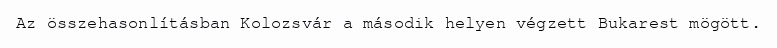
Az összehasonlításban Kolozsvár a második helyen végzett Bukarest mögött.